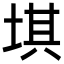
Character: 㙋